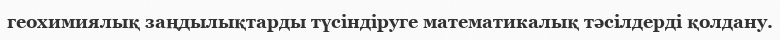
геохимиялық заңдылықтарды түсіндіруге математикалық тәсілдерді қолдану.